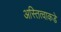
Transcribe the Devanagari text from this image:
अस्तित्वाकडे